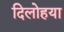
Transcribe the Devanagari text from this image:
दिलोहया